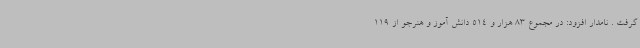
گرفت . نامدار افزود: در مجموع 83 هزار و 514 دانش آموز و هنرجو از 119